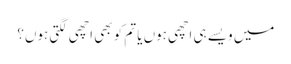
میں ویسے ہی اچھی ہوں یا تم کو بھی اچھی لگتی ہوں؟